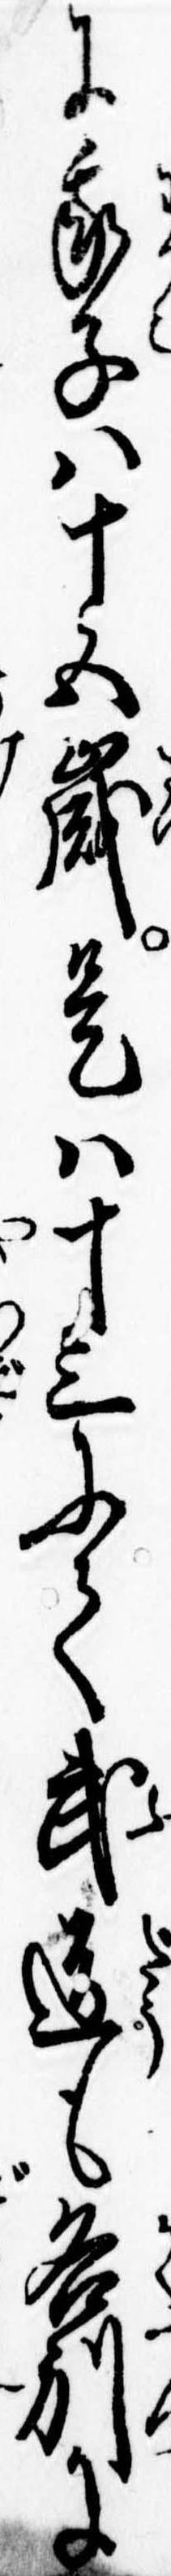
に我子は十五歳是は十三にて武道も各別に